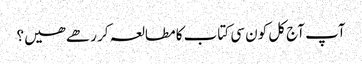
آپ آج کل کون سی کتاب کا مطالعہ کر رھے ھیں؟